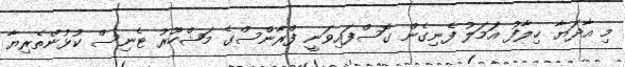
މި އާދަޔާ ޚިލާފު އަމަލު ފެނިގެން ގޮސްފައިވަނީ ފްރާންސްގެ މަޝްހޫރު ޓެނިސް ކުޅުންތެރިޔާ